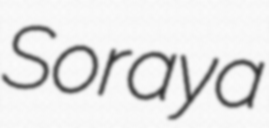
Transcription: Soraya